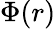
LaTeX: \Phi(r)